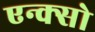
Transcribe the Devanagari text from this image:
एन्क्सो